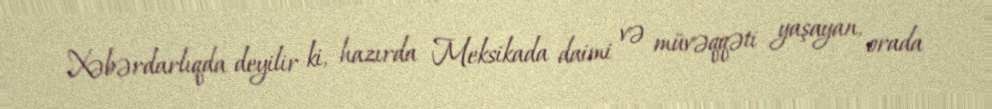
Xəbərdarlıqda deyilir ki, hazırda Meksikada daimi və müvəqqəti yaşayan, orada